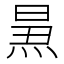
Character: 𱫕